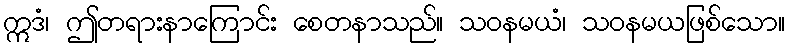
ဣဒံ၊ ဤတရားနာကြောင်း စေတနာသည်။ သဝနမယံ၊ သဝနမယဖြစ်သော။